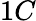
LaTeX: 1C